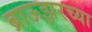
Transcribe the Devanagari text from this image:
ब्राऊझरच्या